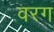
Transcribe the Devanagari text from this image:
वरग